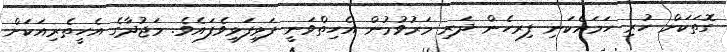
ގޮތަކަށް ހުރި ހަމައެކަނި ފިރހެން ދަރި މަރުވުމުން އެހިތްވަނީ ފަޅިފަޅިވެފައެވެ. މަޖުދާގެ އެހީތެރިއަކަށް